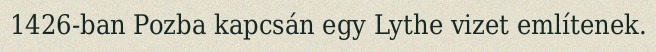
1426-ban Pozba kapcsán egy Lythe vizet említenek.